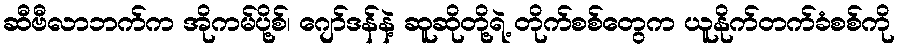
ဆီဗီလာဘက်က အိုကမ်ပို့စ်၊ ဂျော်ဒန်နဲ့ ဆူဆိုတို့ရဲ့ တိုက်စစ်တွေက ယူနိုက်တက်ခံစစ်ကို